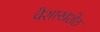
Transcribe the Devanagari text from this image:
वैशाखशेठ